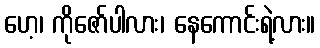
ဟေ့၊ ကိုဇော်ပါလား၊ နေကောင်းရဲ့လား။